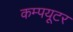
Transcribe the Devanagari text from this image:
कम्‍पयूटर